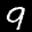
Label: 9